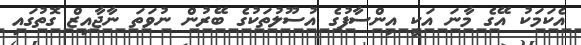
އެކަމަކު އޭގެ މާނަ އަކީ އިންސާފުގެ އުސޫލުތަކުގެ ބޭރުން ނުވަތަ ނާޖާއިޒް ގޮތުގައި